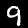
Digit: 9